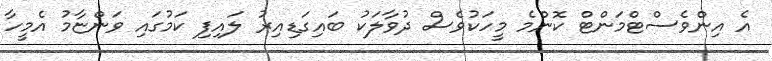
އެ އިންވެސްޓްމަންޓް ކޮންމެ މީހަކުވެސް ދުވާލަކު ބައިގަޑިއިރު ލައިފި ކަމުގައި ވަންޏާމު އެމީހާ